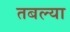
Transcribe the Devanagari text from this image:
तबल्या